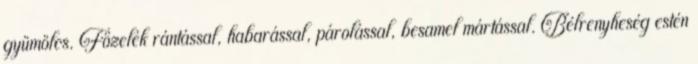
gyümölcs. Főzelék rántással, habarással, párolással, besamel mártással. Bélrenyheség estén